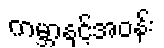
ကမ္ဘာနှင့်အဝန်း